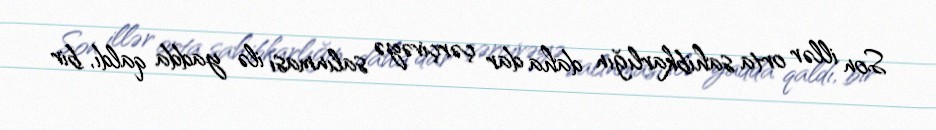
Son illər orta sahibkarlığın daha dar çərçivəyə salınması ilə yadda qaldı, bir